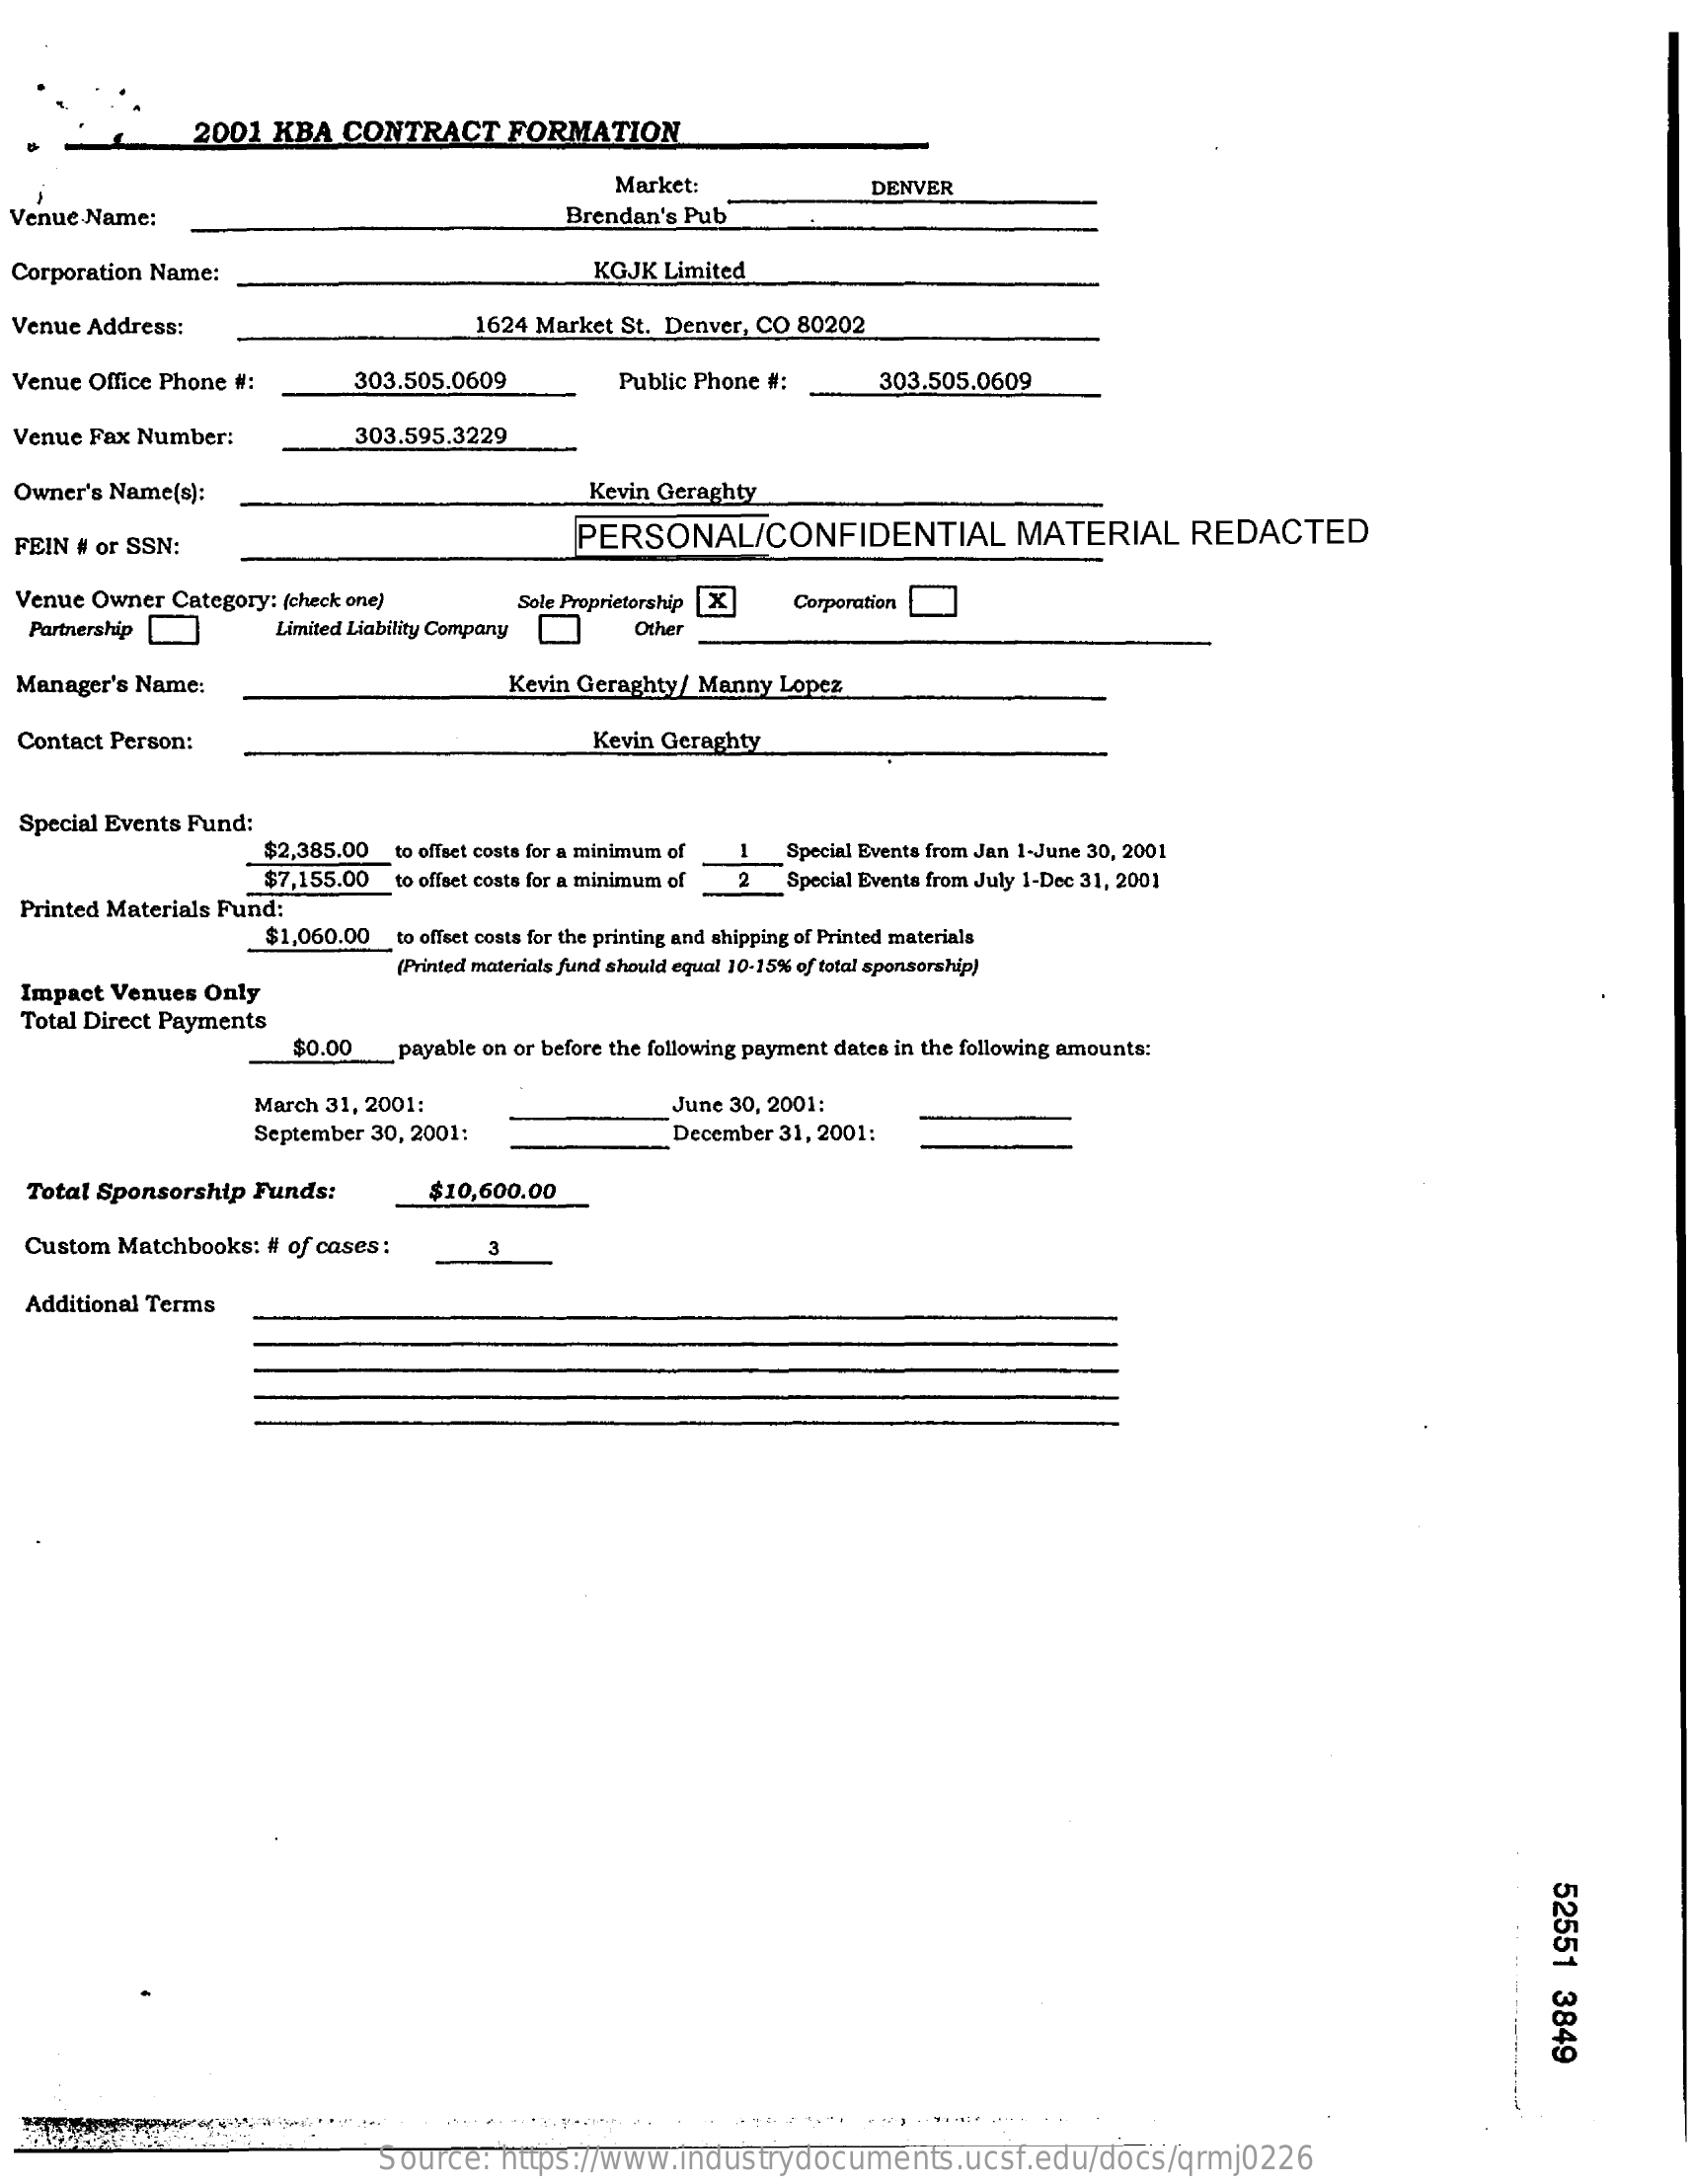
2001  KBA  CONTRACT    FORMATION
     Market:    DENVER
  Venue.Name:    Brendan's Pub
  Corporation Name:    KGJK Limited
  Venue Address:    1624 Market St. Denver, CO 80202
  Venue Office Phone #:    303.505.0609    Public Phone #:    303.505.0609
  Venue Fax Number:    303.595.3229
  Owner's Name(s):    Kevin Geraghty
  FEIN # or SSN:    PERSONAL/CONFIDENTIAL    MATERIAL    REDACTED
  Venue Owner Category: (check one)
  Partnership
     Sole Proprietorship [X Corporation
     Limited Liability Company   Other
  Manager's Name:    Kevin Geraghty/ Manny Lopez
  Contact Person:    Kevin Geraghty
  Special Events Fund:
     $2,385.00 to offset costs for a minimum of
     2
     Special Events from Jan 1-June 30, 2001
     $7,155.00 to offset costs for a minimum of
  Printed Materials Fund:
     Special Events from July 1-Dec 31, 2001
     $1,060.00  to offset costs for the printing and shipping of Printed materials
     (Printed materials fund should equal 10-15% of total sponsorship)
  Impact Venues Only
  Total Direct Payments
     $0.00    payable on or before the following payment dates in the following amounts:
     March 31, 2001:    June 30, 2001:
     September 30, 2001:    December 31, 2001:
  Total Sponsorship Funds:    $10,600.00
  Custom Matchbooks: # of cases:    3
  Additional Terms
     52551
     3849
     Source:   https://www.industrydocuments.ucsf.edu/docs/qrmj0226